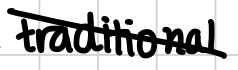
Text: traditional
Cross-out: diagonal
Writing tool: digital_black